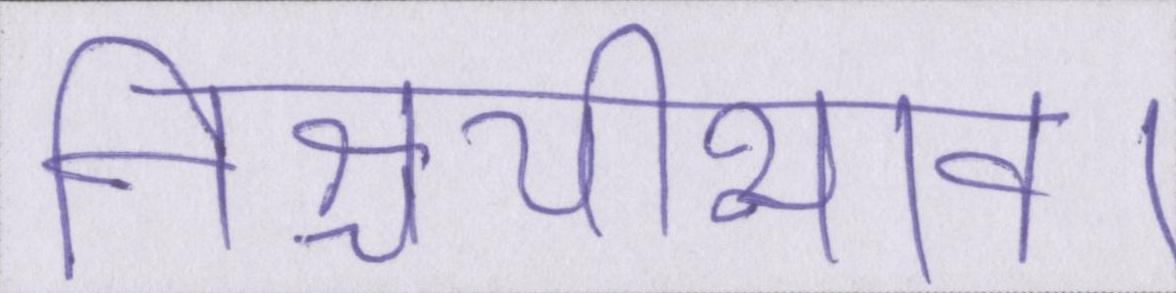
निश्चयीभाव।